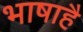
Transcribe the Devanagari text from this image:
भाषाहै